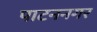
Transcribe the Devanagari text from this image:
पाटननगर